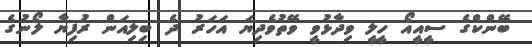
ބޭންކްގެ ސީއީއޯ ހީލީ ވިދާޅުވީ ވޭތުވެދިޔަ އަހަރު ދެ ބިލިއަން ރުފިޔާ ލޯނުގެ